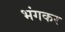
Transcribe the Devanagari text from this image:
भंगकर